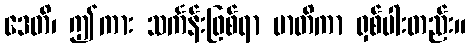
ဒေတိ၊ ဤကား သင်္ကန်းဖြစ်ရာ မာတိကာ ရှစ်ပါးတည်း။